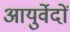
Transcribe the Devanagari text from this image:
आयुर्वेदों